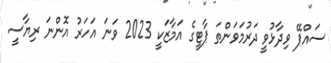
ސައްޕޭ ވިދާޅުވީ ދަރުމަވަންތަ ޕާޓީގެ އަމާޒަކީ 2023 ވަނަ އަހަރު އޮންނަ ރިޔާސީ